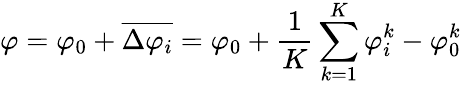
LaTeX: \varphi=\varphi_{0}+\overline{{\Delta\varphi_{i}}}=\varphi_{0}+\frac{1}{K}\sum_{k=1}^{K}\varphi_{i}^{k}-\varphi_{0}^{k}